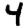
Digit: 4